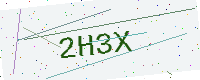
Text: 2H3X